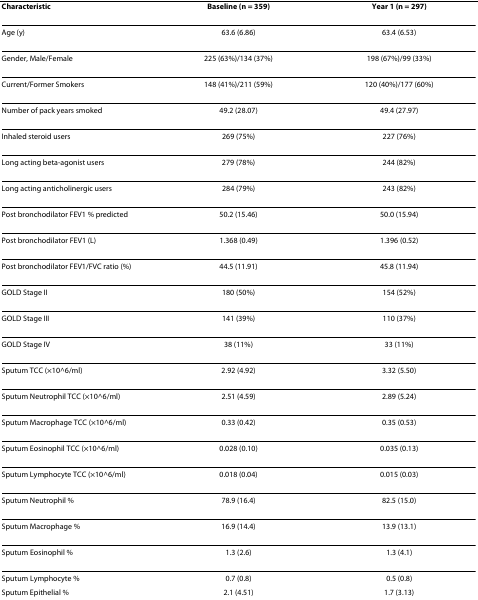
| Characteristic | Baseline (n = 359) | Year 1 (n = 297) |
 | --- | --- | --- |
 | Age (y) | 63.6 (6.86) | 63.4 (6.53) |
 | Gender, Male/Female | 225 (63%)/134 (37%) | 198 (67%)/99 (33%) |
 | Current/Former Smokers | 148 (41%)/211 (59%) | 120 (40%)/177 (60%) |
 | Number of pack years smoked | 49.2 (28.07) | 49.4 (27.97) |
 | Inhaled steroid users | 269 (75%) | 227 (76%) |
 | Long acting beta-agonist users | 279 (78%) | 244 (82%) |
 | Long acting anticholinergic users | 284 (79%) | 243 (82%) |
 | Post bronchodilator FEV1 % predicted | 50.2 (15.46) | 50.0 (15.94) |
 | Post bronchodilator FEV1 (L) | 1.368 (0.49) | 1.396 (0.52) |
 | Post bronchodilator FEV1/FVC ratio (%) | 44.5 (11.91) | 45.8 (11.94) |
 | GOLD Stage II | 180 (50%) | 154 (52%) |
 | GOLD Stage III | 141 (39%) | 110 (37%) |
 | GOLD Stage IV | 38 (11%) | 33 (11%) |
 | Sputum TCC (×10^6/ml) | 2.92 (4.92) | 3.32 (5.50) |
 | Sputum Neutrophil TCC (×10^6/ml) | 2.51 (4.59) | 2.89 (5.24) |
 | Sputum Macrophage TCC (×10^6/ml) | 0.33 (0.42) | 0.35 (0.53) |
 | Sputum Eosinophil TCC (×10^6/ml) | 0.028 (0.10) | 0.035 (0.13) |
 | Sputum Lymphocyte TCC (×10^6/ml) | 0.018 (0.04) | 0.015 (0.03) |
 | Sputum Neutrophil % | 78.9 (16.4) | 82.5 (15.0) |
 | Sputum Macrophage % | 16.9 (14.4) | 13.9 (13.1) |
 | Sputum Eosinophil % | 1.3 (2.6) | 1.3 (4.1) |
 | Sputum Lymphocyte % | 0.7 (0.8) | 0.5 (0.8) |
 | Sputum Epithelial % | 2.1 (4.51) | 1.7 (3.13) |